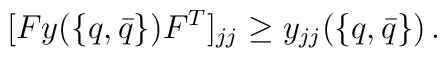
[Fy(\{q,\bar q\}) F^T]_{jj}\geq y_{jj}(\{q,\bar q\})\,.